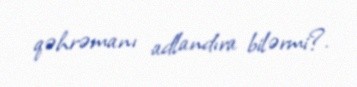
qəhrəmanı adlandıra bilərmi?.